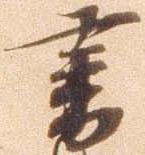
書